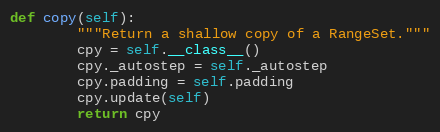
Language: Python
def copy(self):
        """Return a shallow copy of a RangeSet."""
        cpy = self.__class__()
        cpy._autostep = self._autostep
        cpy.padding = self.padding
        cpy.update(self)
        return cpy